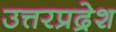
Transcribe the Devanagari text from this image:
उत्तरप्रद्रेश